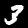
Digit: 3